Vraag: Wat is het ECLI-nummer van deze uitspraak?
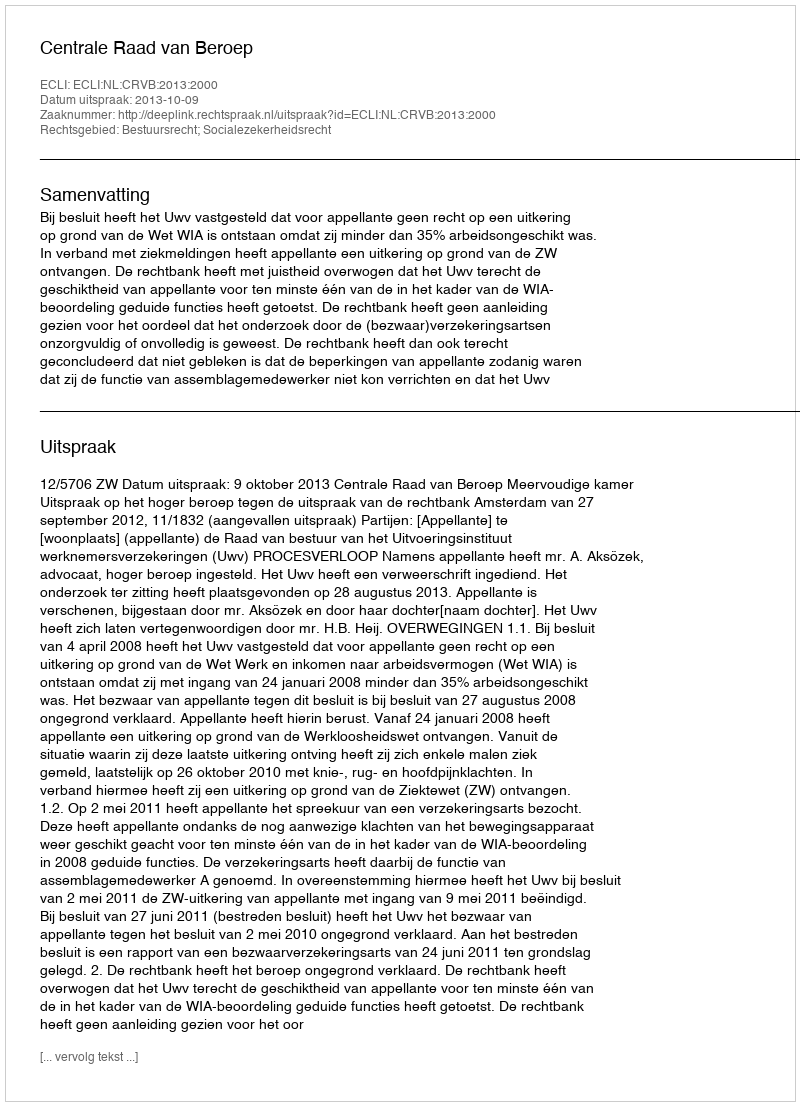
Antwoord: ECLI:NL:CRVB:2013:2000